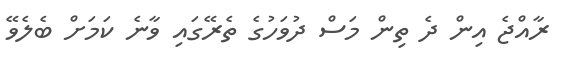
ރާއްޖެ އިން ދެ ތިން މަސް ދުވަހުގެ ތެރޭގައި ވާނެ ކަމަށް ބެލެވޭ